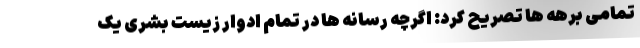
تمامی برهه ها تصریح کرد: اگرچه رسانه ها در تمام ادوار زیست بشری یک